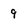
Character: 9